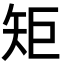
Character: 矩